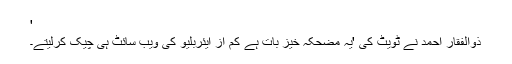
'
ذوالفقار احمد نے ٹویٹ کی 'یہ مضحکہ خیز بات ہے کم از ایئربلیو کی ویب سائٹ ہی چیک کرلیتے۔